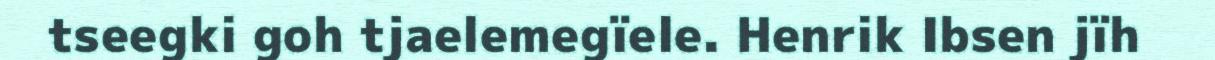
tseegki goh tjaelemegïele. Henrik Ibsen jïh